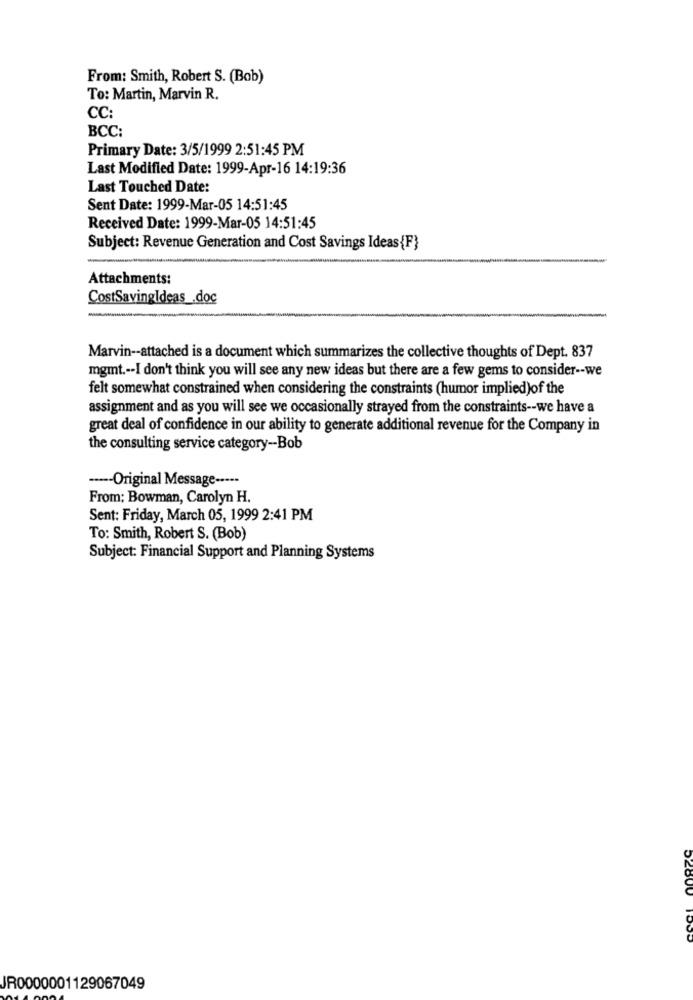
From: Smith, Robert S. (Bob)
To: Martin, Marvin R.
CC:
BCC:
Primary Date: 3/5/1999 2:51:45 PM
Last Modified Date: 1999-Apr-16 14:19:36
Last Touched Date:
Sent Date: 1999-Mar-05 14:51:45
Received Date: 1999-Mar-05 14:51:45
Subject: Revenue Generation and Cost Savings Ideas {F}
Attachments:
CostSavingIdeas .doc
Marvin -- attached is a document which summarizes the collective thoughts of Dept. 837
mgmt .-- I don't think you will see any new ideas but there are a few gems to consider -- we
felt somewhat constrained when considering the constraints (humor implied)of the
assignment and as you will see we occasionally strayed from the constraints -- we have a
great deal of confidence in our ability to generate additional revenue for the Company in
the consulting service category-Bob
----- Original Message -----
From: Bowman, Carolyn H.
Sent: Friday, March 05, 1999 2:41 PM
To: Smith, Robert S. (Bob)
Subject: Financial Support and Planning Systems
52800
JR0000001129067049